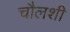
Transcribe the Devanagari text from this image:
चौलशी